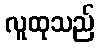
လူထုသည်